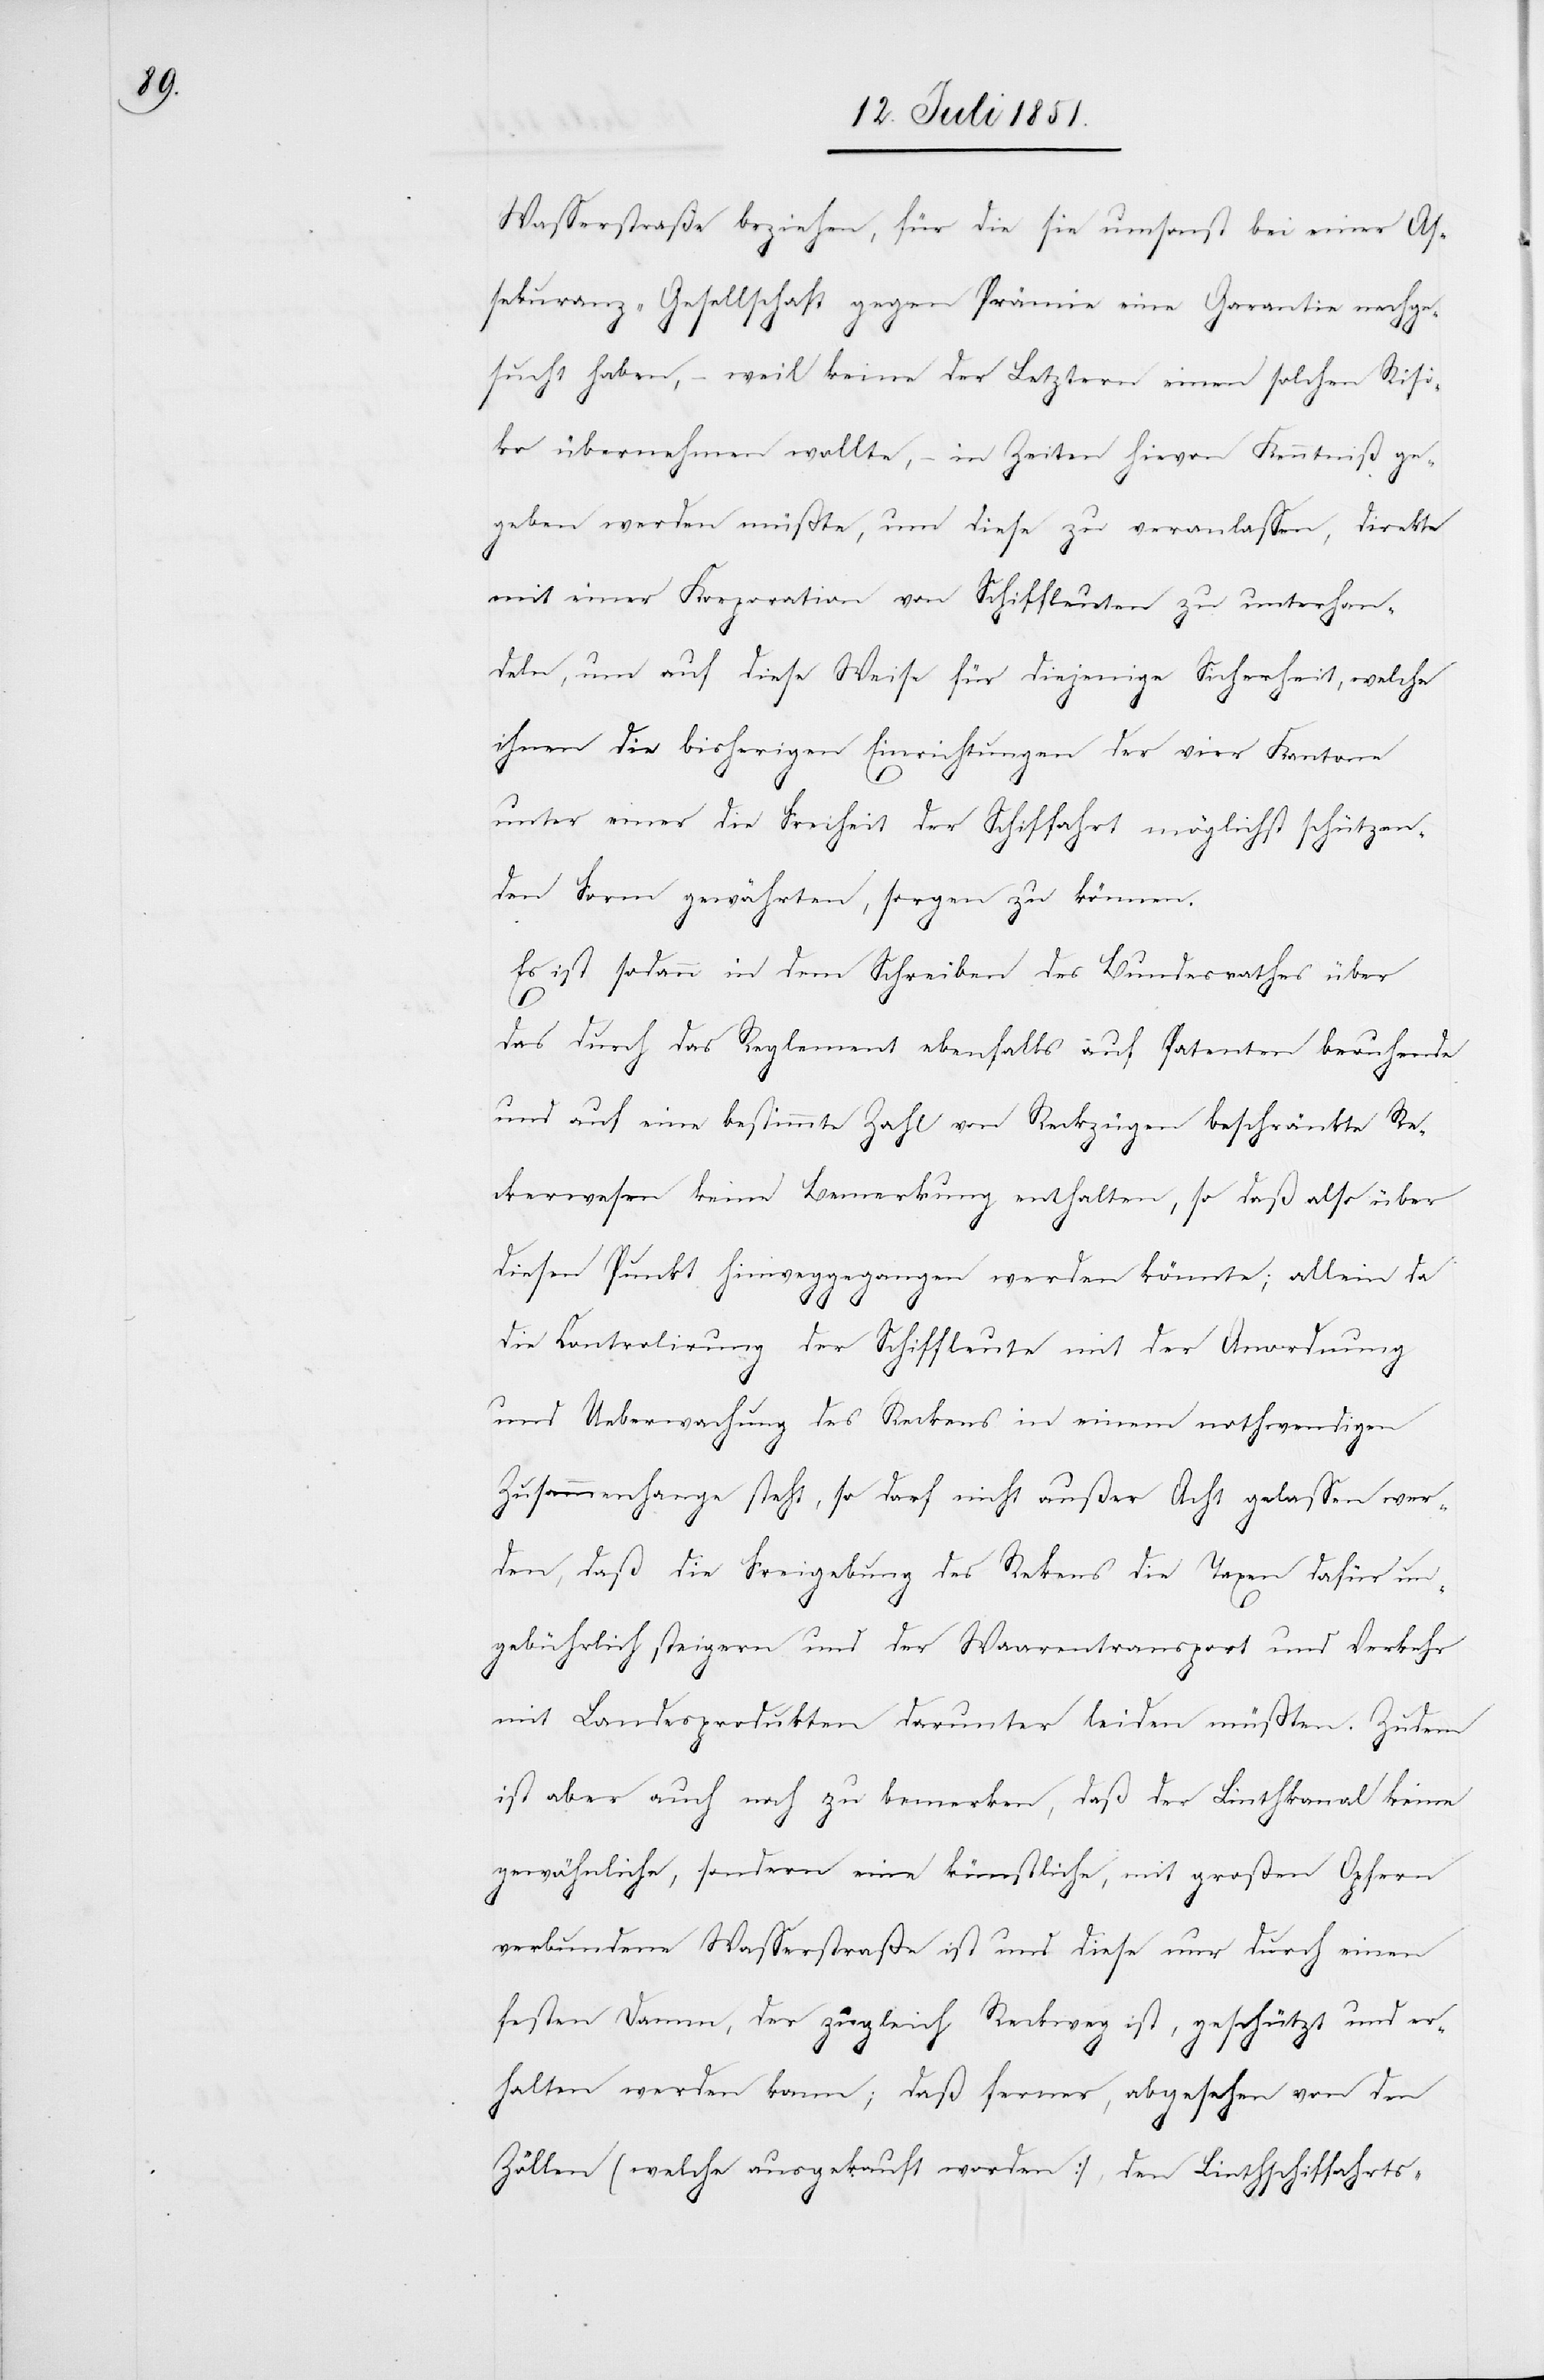
Wasserstraße beziehen, für die sie umsonst bei einer As¬
sekuranz-Gesellschaft gegen Prämie eine Garantie nachge¬
sucht haben, – weil keine der Letztern einen solchen Risi¬
ko übernehmen wollte, – in Zeiten hievon Kenntniß ge¬
geben werden müßte, um diese zu veranlassen, direkte
mit einer Korporation von Schiffleuten zu unterhan¬
deln, um auf diese Weise für diejenige Sicherheit, welche
ihnen die bisherigen Einrichtungen der vier Kantone
unter einer die Freiheit der Schiffahrt möglichst
schützen¬
den Form gewährten, sorgen zu können.
Es ist sodann in dem Schreiben des Bundesrathes über
das durch das Reglement ebenfalls auf Patenten beruhende
und auf eine bestimmte Zahl von Reckzügen beschränkte Re¬
ckerwesen keine Bemerkung enthalten, so daß also über
diesen Punkt hinweggegangen werden könnte; allein da
die Controlirung der Schiffleute mit der Anordnung
und Ueberwachung des Reckens in einem nothwendigen
Zusammenhange steht, so darf nicht außer Acht gelassen wer¬
den, daß die Freigebung des Re[c]kens die Taxen dafür un¬
gebührlich steigern und der Waarentransport und Verkehr
mit Landesprodukten darunter leiden müßten. Zudem
ist aber auch noch zu bemerken, daß der Linthkanal keine
gewöhnliche, sondern eine künstliche, mit großen Opfern
verbundene Wasserstraße ist und diese nur durch einen
festen Damm, der zugleich Reckweg ist, geschützt und er¬
halten werden kann; daß ferner, abgesehen von den
Zöllen (welche ausgekauft worden], den Linthschiffahrts-